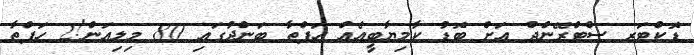
ޑޮކްޓަރ ސްޓްރޭންޖް އަށް ބޮޑު ކާމިޔާބީއެއް ހަފްތާ ބަންދުގައި 80 މިލިއަން!2 ހަފްތާ